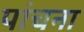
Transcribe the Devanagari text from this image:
पांचना